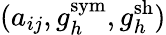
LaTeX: (a_{ij},g_{h}^{\mathrm{sym}},g_{h}^{\mathrm{sh}})